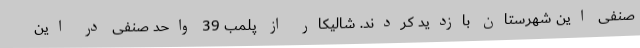
صنفی این شهرستان بازدید کردند. شالیکار از پلمب 39 واحد صنفی در این